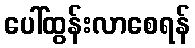
ပေါ်ထွန်းလာစေရန်